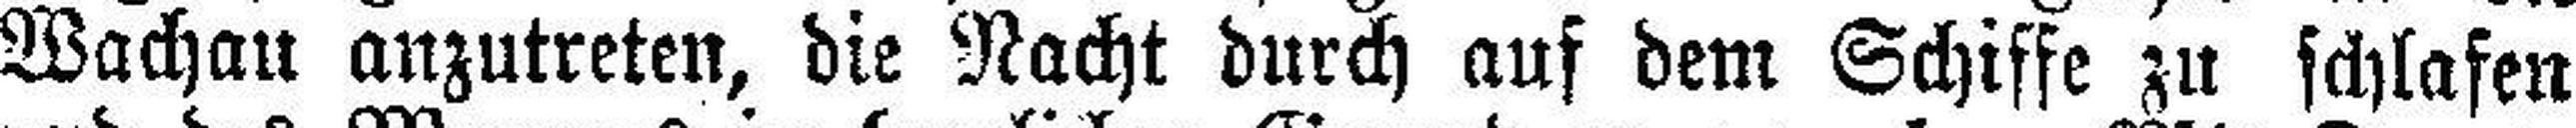
Wachau anzutreten, die Nacht durch auf dem Schiffe zu schlafen